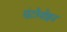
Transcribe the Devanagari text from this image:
एंटोनोइन